Annual administration report of the Civil Veterinary Department of India - 1894-1895
Year: 1894
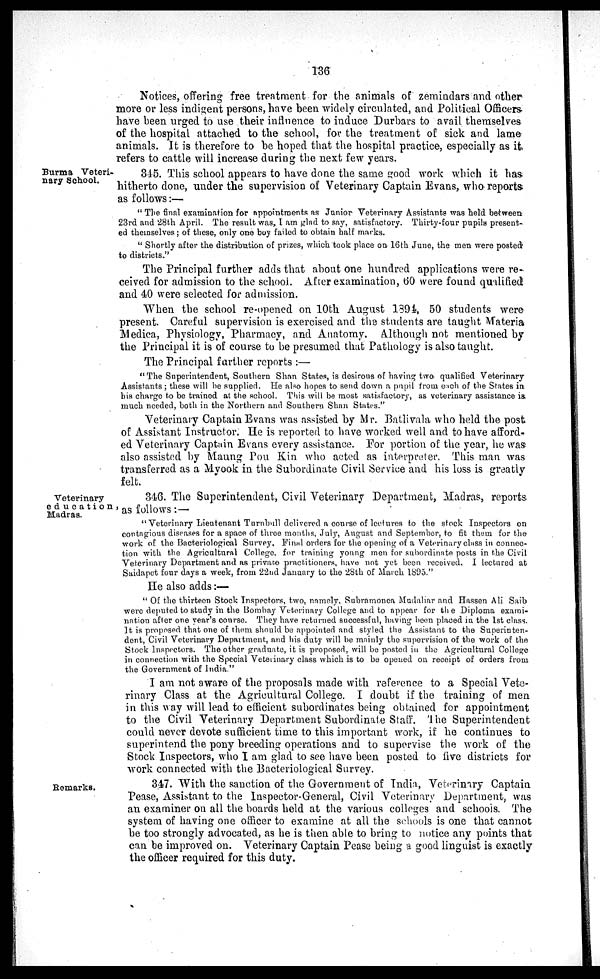
136
Notices, offering free treatment for the animals of zemindars and other
more or less indigent persons, have been widely circulated, and Political Officers-
have been urged to use their influence to induce Durbars to avail themselves
of the hospital attached to the school, for the treatment of sick and lame
animals. It is therefore to be hoped that the hospital practice, especially as it.
refers to cattle will increase during the next few years.
Burma Veteri-
nary School.
345. This school appears to have done the same good work which it has
hitherto done, under the supervision of Veterinary Captain Evans, who reports
as follows:—
" The final examination for appointments as Junior Veterinary Assistants was held between
23rd and 28th April. The result was, I am glad to say, satisfactory. Thirty-four pupils present-
ed themselves; of these, only one boy failed to obtain half marks.
" Shortly after the distribution of prizes, which took place on 16th June, the men were posted
to districts."
The Principal further adds that about one hundred applications were re-
ceived for admission to the school. After examination, 60 were found qualified
and 40 were selected for admission.
When the school re-opened on 10th August 1394, 50 students were
present. Careful supervision is exercised and the students are taught Materia
Medica, Physiology, Pharmacy, and Anatomy. Although not mentioned by
the Principal it is of course to be presumed that Pathology is also taught.
The Principal farther reports :—
"The Superintendent, Southern Shan States, is desirous of having two qualified Veterinary
Assistants; these will be supplied. He also hopes to send down a pupil from each of the States in
his charge to be trained at the school. This will be most satisfactory, as veterinary assistance is
much needed, both in the Northern and Southern Shan States."
Veterinary Captain Evans was assisted by Mr. Batlivala who held the post
of Assistant Instructor. He is reported to have worked well and to have afford-
ed Veterinary Captain Evans every assistance. For portion of the year, he was
also assisted by Maung Pou Kin who acted as interpreter. This man was
transferred as a Myook in the Subordinate Civil Service and his loss is greatly
felt.
Veterinary
education,
Madras.
346. The Superintendent, Civil Veterinary Department, Madras, reports
as follows:—
"Veterinary Lieutenant Turnbull delivered a course of lectures to the stock Inspectors on
contagious diseases for a space of three months, July, August and September, to fit them for the
work of the Bacteriological Survey, Final orders for the opening of a Veterinary class in connec-
tion with the Agricultural College, for training young men for subordinate posts in the Civil
Veterinary Department and as private practitioners, have not yet been received. I lectured at
Saidapet four days a week, from 22nd January to the 28th of March 1895."
He also adds:—
" Of the thirteen Stock Inspectors, two, namely, Sabramonea Mudaliar and Hassen Ali Saib
were deputed to study in the Bombay Veterinary College and to appear for the Diploma exami-
nation after one year's course. They have returned successful, having been placed in the 1st class.
It is proposed that one of them should be appointed and styled the Assistant to the Superinten-
dent, Civil Veterinary Department, and his duty will be mainly the supervision of the work of the
Stock Inspectors. The other graduate, it is proposed, will be posted in the Agricultural College
in connection with the Special Veterinary class which is to be opened on receipt of orders from
the Government of India."
I am not aware of the proposals made with reference to a Special Vete-
rinary Class at the Agricultural College. I doubt if the training of men
in this way will lead to efficient subordinates being obtained for appointment
to the Civil Veterinary Department Subordinate Staff. The Superintendent
could never devote sufficient time to this important work, if he continues to
superintend the pony breeding operations and to supervise the work of the
Stock Inspectors, who I am glad to see have been posted to five districts for
work connected with the Bacteriological Survey.
Remarks.
347. With the sanction of the Government of India, Veterinary Captain
Pease, Assistant to the Inspector-General, Civil Veterinary Department, was
an examiner on all the boards held at the various colleges and schools. The
system of having one officer to examine at all the schools is one that cannot
be too strongly advocated, as he is then able to bring to notice any points that
can be improved on. Veterinary Captain Pease being a good linguist is exactly
the officer required for this duty.